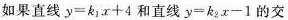
如果直线$$y = k _ { 1 } x + 4$$和直线$$y = k _ { 2 } x - 1$$的交